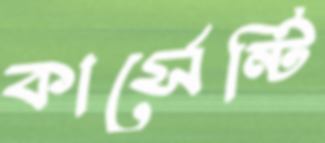
কার্সেন্টি